Annual report on the Civil Veterinary Department, Burma (including the Insein Veterinary School) - 1923-1931
Year: 1923
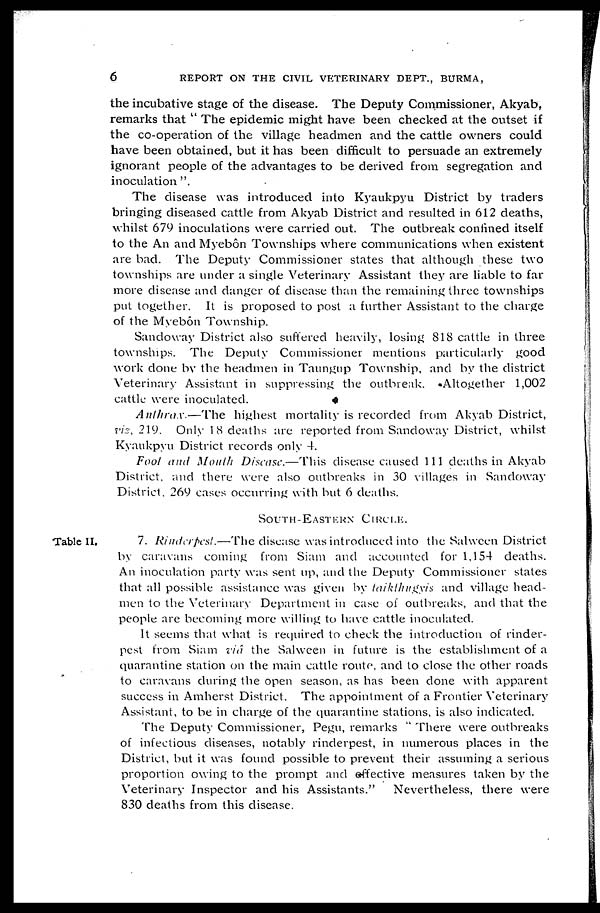
6
REPORT ON THE CIVIL VETERINARY DEPT., BURMA,
the incubative stage of the disease. The Deputy Commissioner, Akyab,
remarks that " The epidemic might have been checked at the outset if
the co-operation of the village headmen and the cattle owners could
have been obtained, but it has been difficult to persuade an extremely
ignorant people of the advantages to be derived from segregation and
inoculation ".
The disease was introduced into Kyaukpyu District by traders
bringing diseased cattle from Akyab District and resulted in 612 deaths,
whilst 679 inoculations were carried out. The outbreak confined itself
to the An and Myebôn Townships where communications when existent
are bad. The Deputy Commissioner states that although these two
townships are tinder a single Veterinary Assistant they are liable to far
more disease and danger of disease than the remaining three townships
put together. It is proposed to post a further Assistant to the charge
of the Myebôn Township.
Sandoway District also suffered heavily, losing 818 cattle in three
townships. The Deputy Commissioner mentions particularly good
work done by the headmen in Taungup Township, and by the district
Veterinary Assistant in suppressing the outbreak. Altogether 1,002
cattle were inoculated.
Anthrax.—The highest mortality is recorded from Akyab District,
viz, 219. Only 18 deaths are reported from Sandoway District, whilst
Kyaukpyu District records only 4.
Foot and Mouth Disease.—This disease caused 111 deaths in Akyab
District, and there were also outbreaks in 30 villages in Sandoway
District. 269 cases occurring with but 6 deaths.
SOUTH-EASTERN CIRCLE.
Table II.
7. Rinderpest.—The disease was introduced into the Salween District
by caravans coming from Siam and accounted for 1,154 deaths.
An inoculation party was sent up, and the Deputy Commissioner states
that all possible assistance was given by taikthugyis and village head-
men to the Veterinary Department in case of outbreaks, and that the
people are becoming more willing to have cattle inoculated.
It seems that what is required to check the introduction of rinder-
pest from Siam via the Salween in future is the establishment of a
quarantine station on the main cattle route, and to close the other roads
to caravans during the open season, as has been done with apparent
success in Amherst District. The appointment of a Frontier Veterinary
Assistant, to be in charge of the quarantine stations, is also indicated.
The Deputy Commissioner, Pegu, remarks " There were outbreaks
of infectious diseases, notably rinderpest, in numerous places in the
District, but it was found possible to prevent their assuming a serious
proportion owing to the prompt and effective measures taken by the
Veterinary Inspector and his Assistants." Nevertheless, there were
830 deaths from this disease.